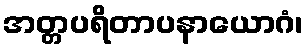
အတ္တပရိတာပနာယောဂံ၊